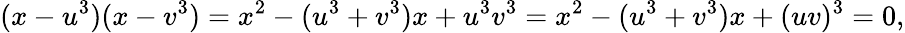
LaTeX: (x-u^{3})(x-v^{3})=x^{2}-(u^{3}+v^{3})x+u^{3}v^{3}=x^{2}-(u^{3}+v^{3})x+(uv)^{3}=0,